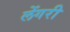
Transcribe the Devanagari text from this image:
लेंगरी